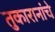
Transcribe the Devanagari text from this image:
तुकारानांचे